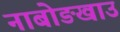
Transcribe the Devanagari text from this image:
नाबोङखाउ